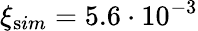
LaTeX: \xi_{\mathrm sim}=5.6\cdot 10^{-3}